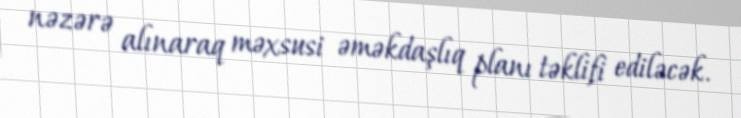
nəzərə alınaraq məxsusi əməkdaşlıq planı təklifi ediləcək.